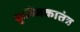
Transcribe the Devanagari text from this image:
कुब्जिकातंत्र